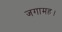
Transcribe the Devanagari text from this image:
जगामह।